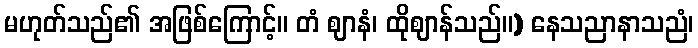
မဟုတ်သည်၏ အဖြစ်ကြောင့်။ တံ ဈာနံ၊ ထိုဈာန်သည်။) နေသညာနာသညံ၊